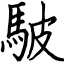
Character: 駊